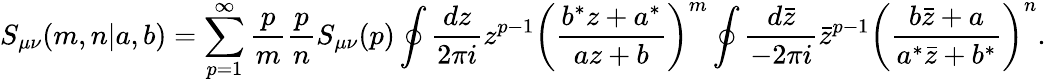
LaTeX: S_{\mu\nu}(m,n|a,b)=\sum_{p=1}^{\infty}\frac{p}{m}\frac{p}{n}S_{\mu\nu}(p)\oint\frac{dz}{2\pi i}z^{p-1}\left(\frac{b^{*}z+a^{*}}{az+b}\right)^{m}\oint\frac{d\bar{z}}{-2\pi i}{\bar{z}}^{p-1}\left(\frac{b\bar{z}+a}{a^{*}\bar{z}+b^{*}}\right)^{n}.